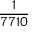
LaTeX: \frac { 1 } { 7 7 1 0 }